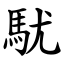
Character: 駀